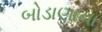
બોડાણાના